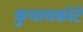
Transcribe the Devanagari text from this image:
कुचायकोटे